Annual report of the Punjab Veterinary College and of the Civil Veterinary Department, Punjab - 1909-1919
Year: 1909
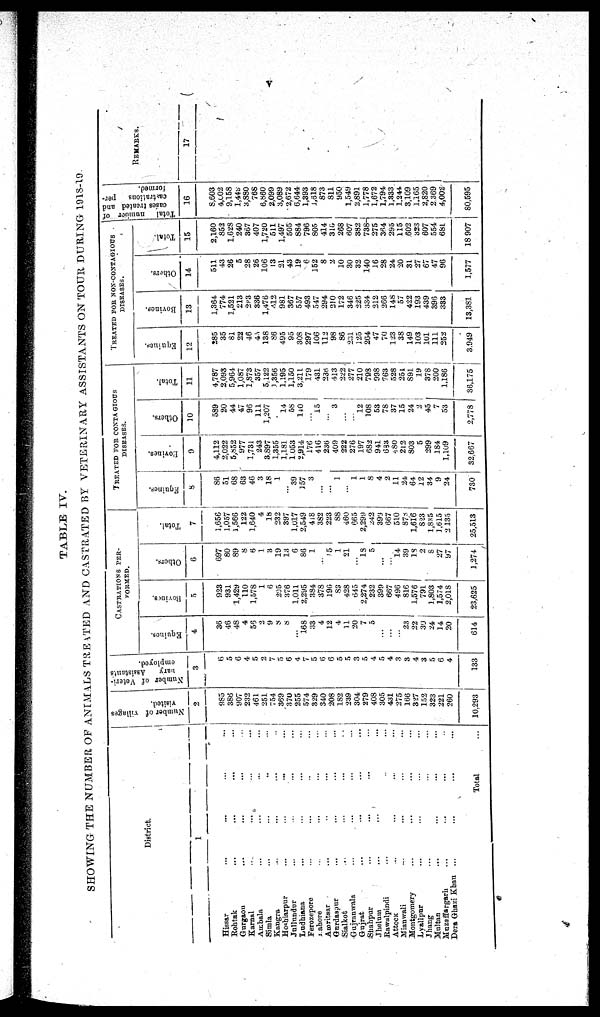
v
TABLE IV.
SHOWING THE NUMBER OF ANIMALS TREATED AND CASTRATED BY VETERINARY ASSISTANTS ON TOUR DURING 1918-19.
District.
1
Hissar ... ... ... ...
Rohtak ... ... ... ...
Gurgaon
...
...
... ...
Karnal .. ... ... ...
Ambala ... ... ... ...
Simla ... ... .. ...
Kangra ... ... ... ...
Hoshiarpur
...
...
...
...
Jullundur ... ... ... ...
Ludhiana ... ... ... ...
Ferozepore ... ... .. ...
Lahore ... ... ... ...
Amritsar ... .. ... ...
Gurdaspur ... ... ... ...
Sialkot
...
...
...
...
Gujranwala ... ... ... ...
Gujrat ... ... ... ...
Shahpur
...
...
...
...
Jhelum ... ... ...
Rawalpindi ... .. ...
Attock ... ... ... ...
Mianwali ... ... ... ...
Montgomery ... ... ... ...
Lvallpur ... ... ... ...
Jhang ... ... ...
Multan ... ... ... ...
Muzaffargarh ... ... ... ...
Dera Ghazi Khan ... ... ... ...
Total
...
Number of villages
visited.
2
985
386
907
232
461
251
754
869
370
255
574
329
340
208
182
239
304
279
408
305
431
275
166
327
152
323
221
260
10,293
Number of Veteri-
nary
Assistant's
employed.
3
6
5
6
4
5
2
7
5
6
4
7
5
6
6
5
5
3
5
4
5
4
3
3
4
3
5
6
4
133
CASTRATIONS PER-
FORMED.
Equines.
4
36
46
48
4
55
2
9
8
8
...
168
33
4
12
4
11
20
7
5
...
...
...
23
22
30
24
14
20
614
Bovines.
5
923
931
1,429
110
1,578
1
6
205
376
1,011
2,295
384
378
190
83
428
645
2,274
232
399
667
496
816
1,576
791
1,803
1,574
2,018
23,625
Others.
6
697
80
89
8
6
1
3
19
13
6
86
1
...
15
1
21
...
18
5
...
...
14
39
18
2
8
27
97
1,274
Total.
7
1,656
1,057
1,566
122
1,640
4
18
232
397
1,017
2,549
418
382
223
88
460
665
2,299
242
399
667
510
878
1,616
823
1,835
1,615
2,435
25,513
TREATED FOR CONTAGIOUS
DISEASES
Equines.
8
86
51
68
63
46
3
18
1
...
39
157
3
...
...
1
...
1
1
8
4
2
11
24
64
12
34
9
24
730
Bovines.
9
4,112
2,022
5,852
977
1,731
243
3,897
1,355
1,181
1053
2,914
176
416
236
409
222
276
197
682
941
633
480
212
803
5
299
184
1,109
32,667
Others.
10
589
20
44
47
96
111
1,207
14
58
140
...
15
3
...
...
12
108
53
78
37
15
24
2
45
7
53
2,778
Total.
11
4,787
2,093
5,964
1,087
1,873
357
5.122
1,356
1,195
1,150
3,211
179
431
236
413
222
277
210
798
998
763
528
251
891
19
378
200
1,186
36,175
TREATED FOR NON-CONTAGIOUS
DISEASES.
Equines.
12
285
35
81
22
46
43
138
86
495
95
308
297
106
112
98
86
231
125
264
47
70
123
38
149
103
101
111
252
3.949
Bovines.
13
1,364
774
1,521
213
293
336
1,476
412
981
367
557
493
547
294
210
172
346
225
334
212
266
148
57
422
193
439
396
333
13,381
Others.
14
511
43
26
5
28
26
106
13
21
43
19
6
152
8
2
10
30
32
140
16
28
24
20
31
27
67
47
96
1,577
Total.
15
2,160
852
1,628
240
367
407
1,720
511
1,497
505
884
796
805
414
310
268
607
382
738
275
364
295
115
602
323
607
554
681
18 907
Total
number of
cases treated and
castrations
per-
formed.
16
8.603
4,002
9,158
l,448
3,880
768
6,860
2,099
3,089
2,672
6,644
1,393
1,618
873
811
950
1,549
2,891
1,778
1,672
1,794
1,333
1.244
3,109
1,165
2,820
2.369
4,002
80,595
REMARKS.
17